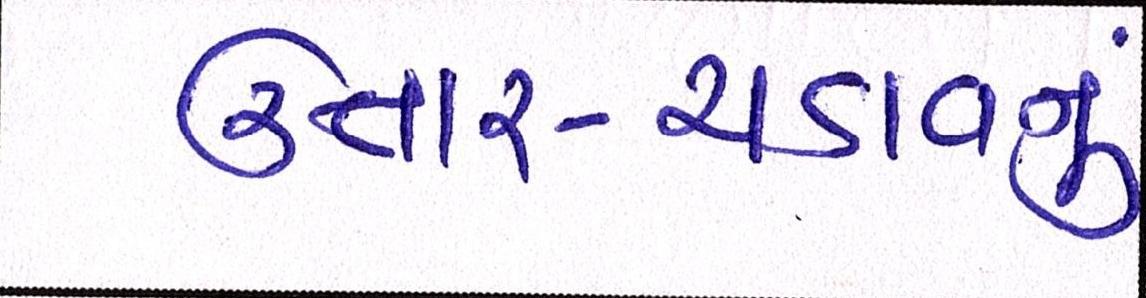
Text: ઉતાર-ચડાવનું